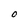
Character: O